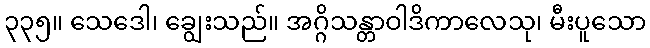
၃၃၅။ သေဒေါ၊ ချွေးသည်။ အဂ္ဂိသန္တာဝါဒိကာလေသု၊ မီးပူသော